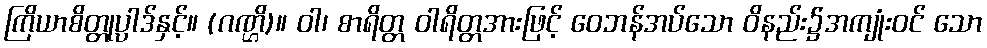
ကြိယာစိတ္တုပ္ပါဒ်နှင့်။ (ဂဏ္ဌိ)။ ဝါ၊ စာရိတ္တ ဝါရိတ္တအားဖြင့် ဝေဘန်အပ်သော ဝိနည်း၌အကျုံးဝင် သော